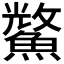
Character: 𮬈